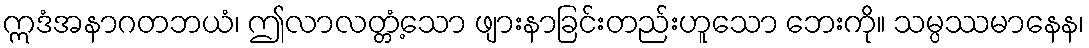
ဣဒံအနာဂတဘယံ၊ ဤလာလတ္တံ့သော ဖျားနာခြင်းတည်းဟူသော ဘေးကို။ သမ္ပဿမာနေန၊